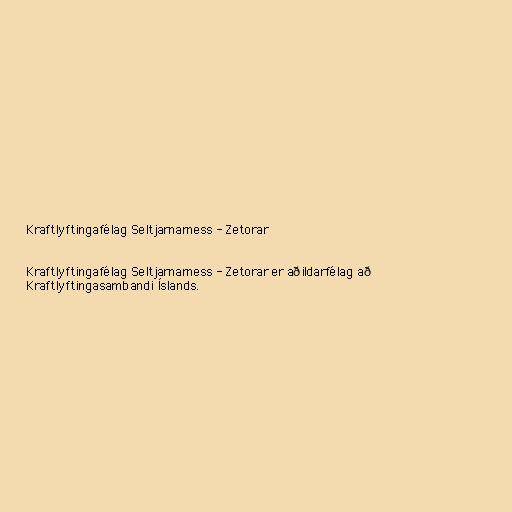
Kraftlyftingafélag Seltjarnarness - Zetorar

Kraftlyftingafélag Seltjarnarness - Zetorar er aðildarfélag að
Kraftlyftingasambandi Íslands.